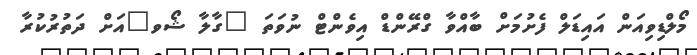
މޯލްޑިވިއަން އައިޑަލް ފެށުމަށް ބާއްވާ ގްރޭންޑް އިވެންޓް ނުވަތަ "ގާލާ ޝޯވ"އަށް ދަތުރުކުރާ